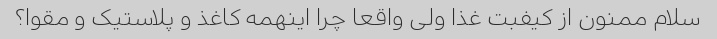
سلام ممنون از کیفبت غذا ولی واقعا چرا اینهمه کاغذ و پلاستیک و مقوا؟